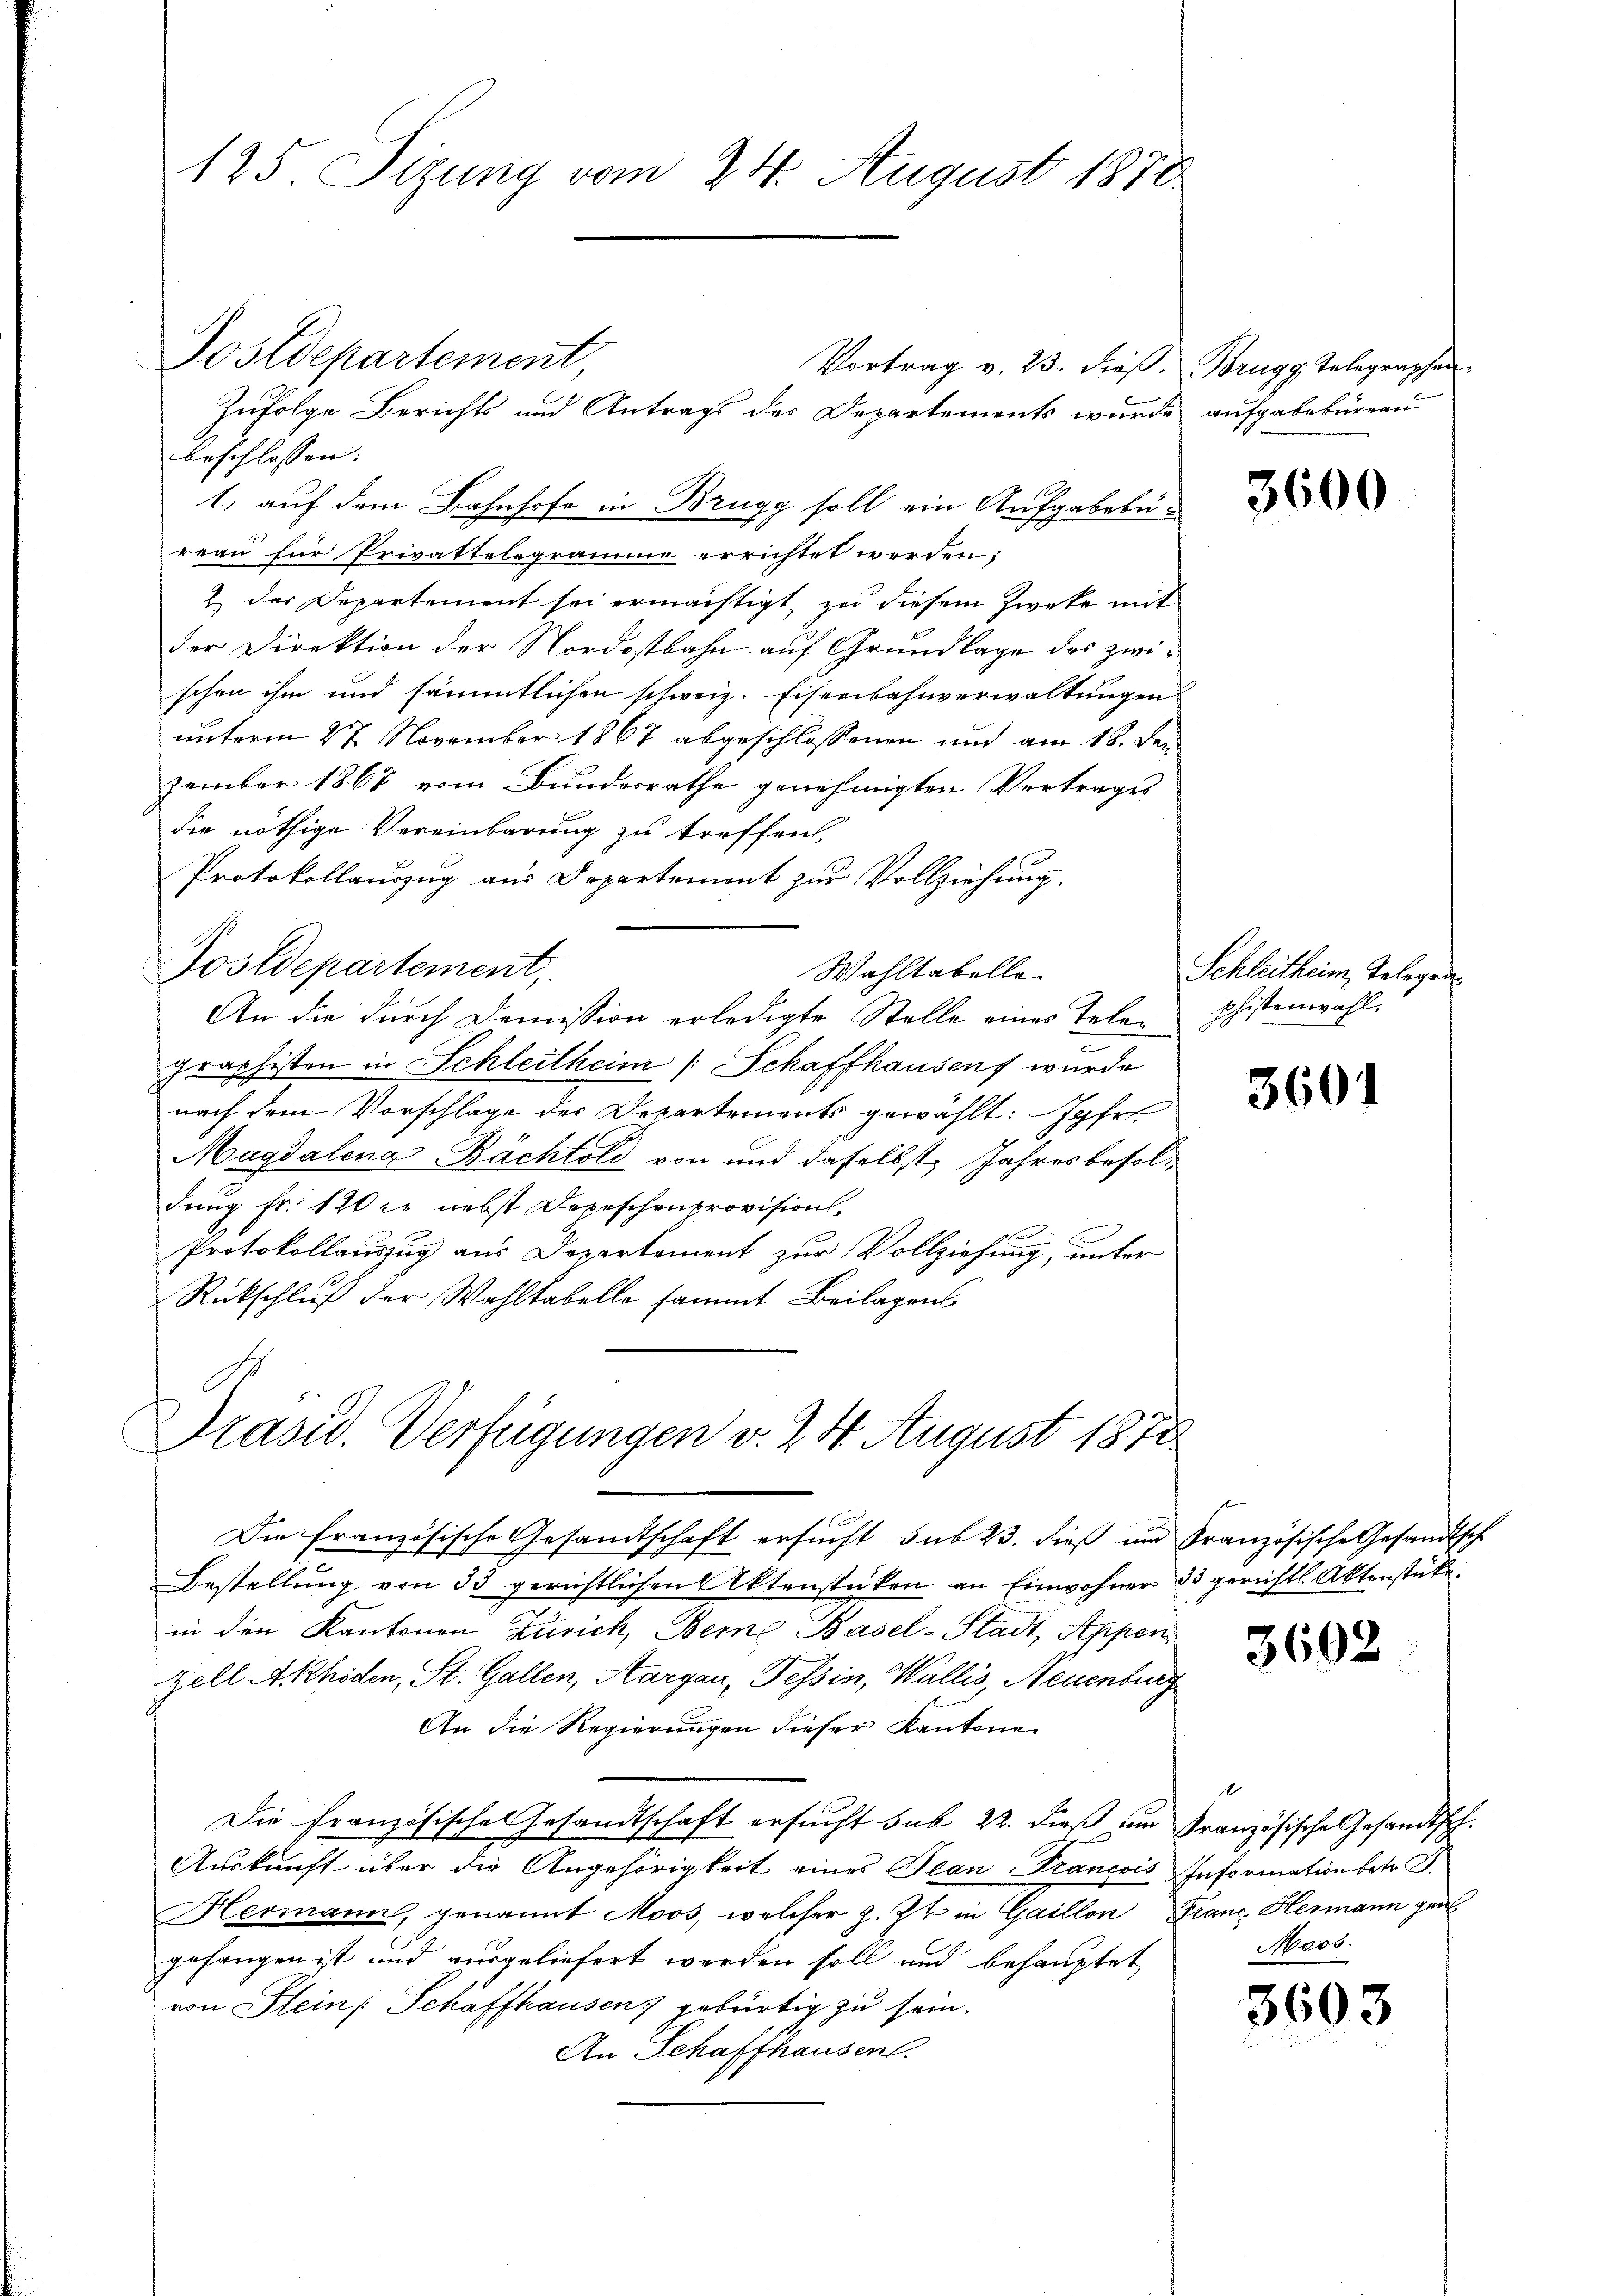
125. Sizung vom 24. August 1870

Vortrag v. 23. dieß. Brugg Telegraphen
Zufolge Berichts und Antrags des Departements wurde aufgabebürean
beschlossen:
1., auf dem Bahnhofe in Brugg soll ein Aufgabebureau für Privattelegramme errichtet werden;
2.) Das Departement sei ermächtigt, zu diesem Zwecke mit
der Direktion der Nordostbahn auf Grundlage des zwischen ihm und sämmtlichen schweiz. Eisenbahnverwaltungen
unterm 27 November 1867 abgeschlossenen und am 18. den
zember 1867 vom Bundesrathe genehmigten Vertrages
die nöthige Vereinbarung zu treffen,
Protokollauszug aus Departement zur Vollziehung.
Postdepartement,
Wahltabelle
An die durch Demission erledigte Stelle eines Telegraphisten in Schleitheim Schaffhausen wurde
nach dem Vorschlage der Departements gewählt: Jahre
e
Magdalena-Bächtold von und daselbst, Jahresbesoldung fr. 120 ie nebst Depeschenprovisions
Protokollauszug aus Departement zur Vollziehung, unter
Rückschluß der Wahltabelle sammt Beilagens
Präsid. Verfügungen v. 24. August 1878.
Die Französische Gesandtschaft ersucht sub 23. dieß und Französische Gesandtsche
Bestellŭng von 33 gerichtlichen Aktenstücken an Einwohner 23 gerichtl. Aktenstücke.
in den Kantonen Zürich, Berne Basel-Stadt, Appen
Zell Akhiden, St. Gallen, Aargau, Tessin, Wallis, Neuenburg
An die Regierungen dieser Kantone
Die französische Gesandtschaft ersucht sub 22. dieß um Französische Gesandtsch¬
Auskunft über die Angehörigkeit eines Tean Francois Information betr. T.
Hermann, genannt Moos, welcher z. Zt. in Gaillon Franz Hermann gen
gefangen ist und ausgeliefert worden soll und behauptet
von Stein Schaffhausen, gebürtig zu sein.
An Schaffhausen.

Postdepartement,

3600

Schleitheim, Telegen
phistenwahl.

3601

3692.

f
Moos.

3603